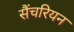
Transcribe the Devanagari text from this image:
सैंचरियन